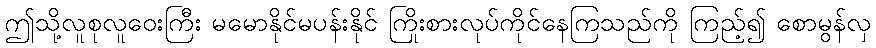
ဤသို့လူစုလူဝေးကြီး မမောနိုင်မပန်းနိုင် ကြိုးစားလုပ်ကိုင်နေကြသည်ကို ကြည့်၍ စောမွန်လှ